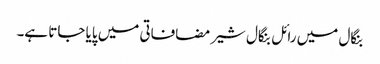
بنگال میں رائل بنگال شیر مضافاتی میں پایا جاتا ہے۔